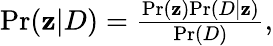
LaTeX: \begin{array}{r}{\mathrm{Pr}({\mathbf z}|D)=\frac{\mathrm{Pr}({\mathbf z})\mathrm{Pr}(D|{\mathbf z})}{\mathrm{Pr}(D)},}\end{array}